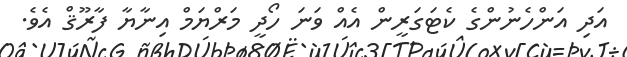
އަދި އަންހެނުންގެ ކެޓަގަރީން އެއް ވަނަ ހޯދީ މަރްޔަމް އިނާޔާ ފާރޫޤް އެވެ.